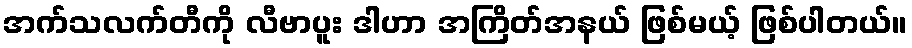
အက်သလက်တီကို လီဗာပူး ဒါဟာ အကြိတ်အနယ် ဖြစ်မယ့် ဖြစ်ပါတယ်။